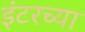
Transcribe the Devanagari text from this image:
इंटरच्या